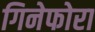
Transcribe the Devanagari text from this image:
गिनेफोरा